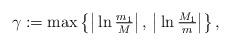
LaTeX: \begin{align*} \gamma := \max \left\{ \big|{} \ln \tfrac{m_1}{M} \big| \, , \, \big|{}\ln \tfrac{M_1}{m} \big| \right\},\end{align*}